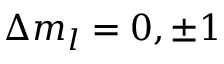
\Delta m _ { l } = 0 , \pm 1